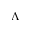
\Lambda